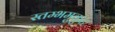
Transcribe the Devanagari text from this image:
स्तम्भमुकुट